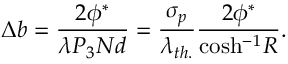
\Delta b = \frac { 2 \phi ^ { * } } { \lambda P _ { 3 } N d } = \frac { \sigma _ { p } } { \lambda _ { t h . } } \frac { { 2 } \phi ^ { * } } { \mathrm { c o s h ^ { - 1 } } R } .